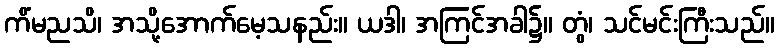
ကိံမညသိ၊ အသို့အောက်မေ့သနည်း။ ယဒါ၊ အကြင်အခါ၌။ တွံ၊ သင်မင်းကြီးသည်။